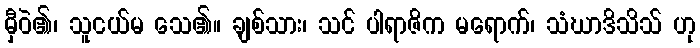
မှီဝဲ၏၊ သူငယ်မ သေ၏။ ချစ်သား၊ သင် ပါရာဇိက မရောက်၊ သံဃာဒိသိသ် ဟု